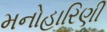
મનોહારિણી